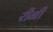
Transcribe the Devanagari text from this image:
रीनी